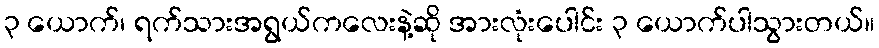
၃ ယောက်၊ ရက်သားအရွယ်ကလေးနဲ့ဆို အားလုံးပေါင်း ၃ ယောက်ပါသွားတယ်။